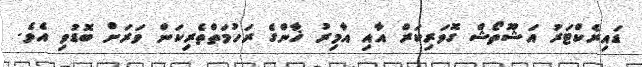
ޑައިރެކްޓަރު އަޝޫތޯޝް ގޮވަރިކަރް އާއި އާމިރު ޚާންގެ ރަހުމަތްތެރިކަން ވަރަށް ބޮޑުވި އެވެ.